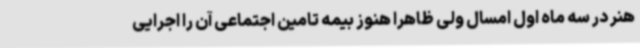
هنر در سه ماه اول امسال ولی ظاهرا هنوز بیمه تامین اجتماعی آن را اجرایی